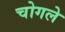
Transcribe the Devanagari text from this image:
चोगले